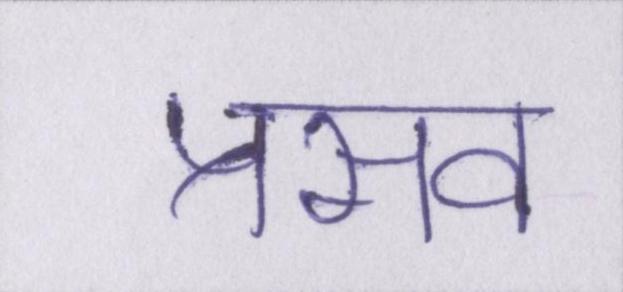
प्रसव